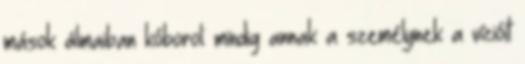
mások álmaiban kóborol: mindig annak a személynek a vízióit